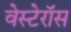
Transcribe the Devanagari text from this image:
वेस्टेरॉस